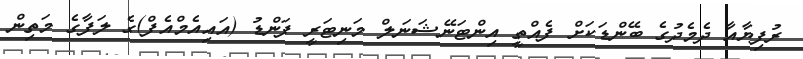
ރުފިޔާއާ ދެމެދުގެ ބޭންޑަކަށް ފެއްތީ އިންޓަނޭޝަނަލް މަނިޓަރީ ފަންޑު (އައިއެމްއެފް)ގެ ލަފާގެ މަތިން